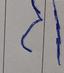
Signature authenticity: forged